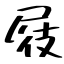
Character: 屐